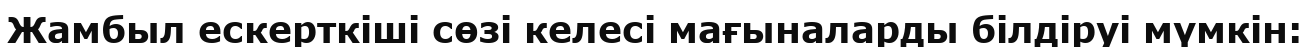
Жамбыл ескерткіші сөзі келесі мағыналарды білдіруі мүмкін: